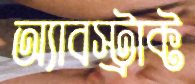
অ্যাবস্ট্রাক্ট